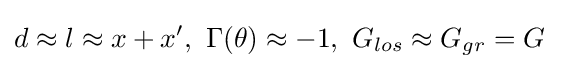
{\begin{aligned}d&\approx l\approx x+x',\ \Gamma (\theta )\approx -1,\ G_{los}\approx G_{gr}=G\end{aligned}}